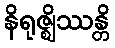
နိရုဇ္ဈိဿန္တိ